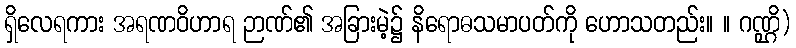
ရှိလေရကား အရဏဝိဟာရ ဉာဏ်၏ အခြားမဲ့၌ နိရောဓသမာပတ်ကို ဟောသတည်း။ ။ ဂဏ္ဌိ)